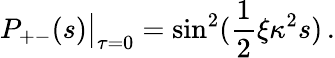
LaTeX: P_{+-}(s)\big|_{\tau=0}=\sin^{2}(\frac{1}{2}\xi\kappa^{2}s)\, .